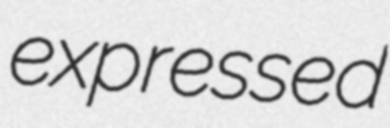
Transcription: expressed